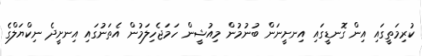
ކުރިމަތީގައި އިން ގޮނޑީގައި އިނށީނަން ބުނުމުން މިއުޝީން ހަމަޖެހިލަމުން އެތަނުގައި އިނށީދެ ނިކްޔަލްގެ